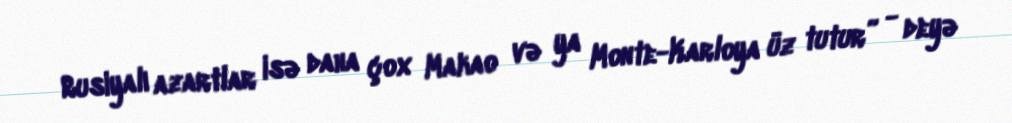
Rusiyalı azartlar isə daha çox Makao və ya Monte-Karloya üz tutur” - deyə